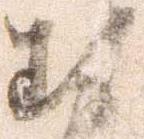
勢